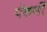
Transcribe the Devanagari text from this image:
पंतगों